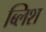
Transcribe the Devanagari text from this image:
ब्लिश